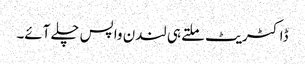
ڈاکٹریٹ ملتے ہی لندن واپس چلے آئے۔